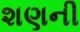
શણની